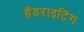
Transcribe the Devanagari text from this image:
हैंडराइटिंग